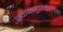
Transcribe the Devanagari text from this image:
स्कंदगुप्तकालात